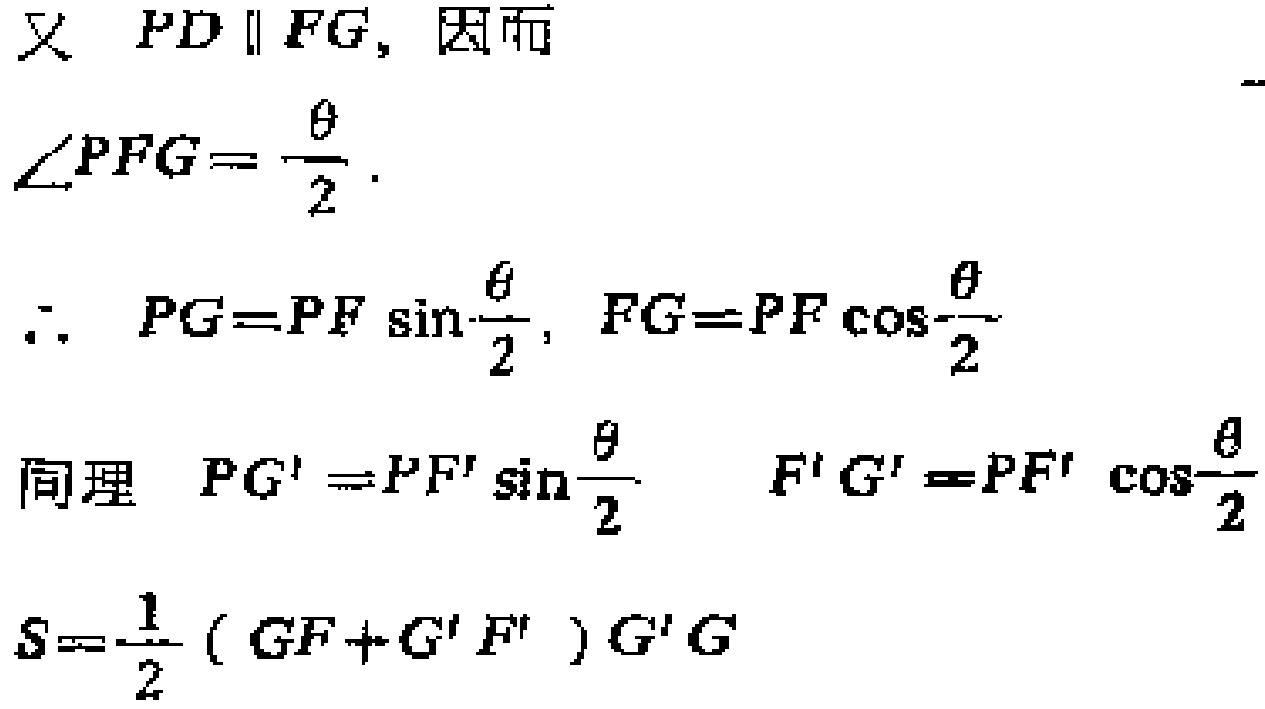
又 \(PD \parallel FG\)，因而
\(\angle PFG=\frac{\theta}{2}\).
\(\therefore\) \(PG = PF\sin\frac{\theta}{2}\), \(FG = PF\cos\frac{\theta}{2}\)
同理 \(PG' = PF'\sin\frac{\theta}{2}\) \(F'G' = PF'\cos\frac{\theta}{2}\)
\(S=\frac{1}{2}(GF + G'F')G'G\)